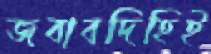
জবাবদিহিই